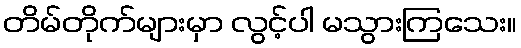
တိမ်တိုက်များမှာ လွင့်ပါ မသွားကြသေး။